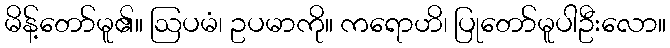
မိန့်တော်မူ၏။ ဩပမံ၊ ဥပမာကို။ ကရောဟိ၊ ပြုတော်မူပါဦးလော။